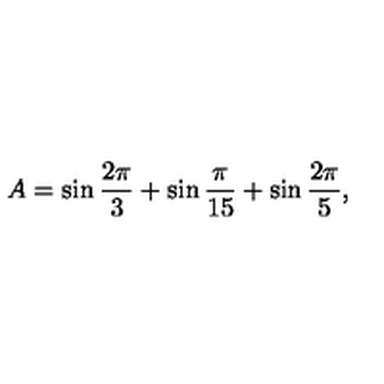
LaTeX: A = \sin \frac { 2 \pi } { 3 } + \sin \frac { \pi } { 1 5 } + \sin \frac { 2 \pi } { 5 } ,